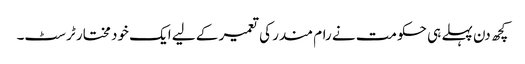
کچھ دن پہلے ہی حکومت نے رام مندر کی تعمیر کے لیے ایک خود مختار ٹرسٹ۔